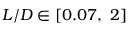
L / D \in [ 0 . 0 7 , ~ 2 ]